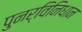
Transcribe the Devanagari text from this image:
पुनर्विनिधान